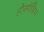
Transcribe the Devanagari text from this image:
हौस्पीडिया